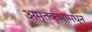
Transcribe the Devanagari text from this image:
अमृतकुंभामधून